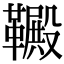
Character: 𫖋